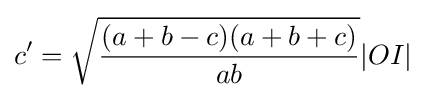
c^{\prime }={\sqrt {\frac {(a+b-c)(a+b+c)}{ab}}}|OI|